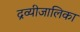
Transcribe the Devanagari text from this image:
द्रव्यीजालिका